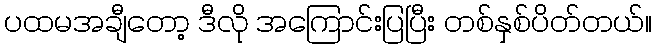
ပထမအချီတော့ ဒီလို အကြောင်းပြပြီး တစ်နှစ်ပိတ်တယ်။